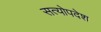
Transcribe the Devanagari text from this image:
सत्योपदेश